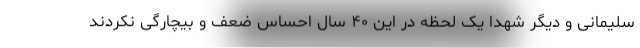
سلیمانی و دیگر شهدا یک لحظه در این ۴۰ سال احساس ضعف و بیچارگی نکردند